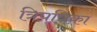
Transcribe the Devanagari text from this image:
त्रिपत्रिका